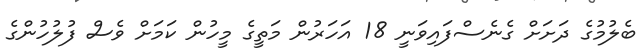
ބެލުމުގެ ދަށަށް ގެނެސްފައިވަނީ 18 އަހަރުން މަތީގެ މީހުން ކަމަށް ވެސް ފުލުހުންގެ